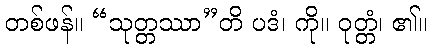
တစ်ဖန်။ “သုတ္တဿာ”တိ ပဒံ၊ ကို။ ဝုတ္တံ၊ ၏။